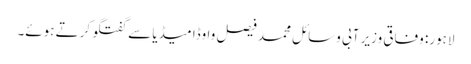
لاہور: وفاقی وزیر آبی وسائل محمد فیصل واوڈا میڈیا سے گفتگو کرتے ہوئے۔